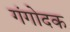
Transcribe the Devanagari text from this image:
गंगोदक